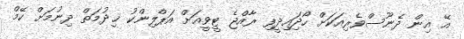
އޭ އިން ދެނޫސްވެރިއަކަށް ހޯދަިއިދީފި ރާއްޖެ ޓީވީއަށް އަޕްލިންކު ޚިދުމަތް ދިނުމަށް ކޭމް